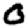
Digit: 0